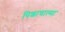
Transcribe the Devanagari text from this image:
पिशाचात्मा